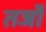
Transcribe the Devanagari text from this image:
तर्जों